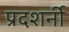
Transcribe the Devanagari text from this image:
प्रदशर्नी